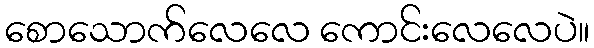
စောသောက်လေလေ ကောင်းလေလေပဲ။